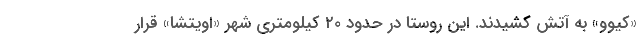
«کیوو» به آتش کشیدند. این روستا در حدود ۲۰ کیلومتری شهر «اویتشا» قرار